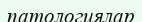
патологиялар